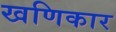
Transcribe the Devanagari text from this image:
खणिकार